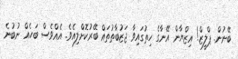
ބޭނުން. ޕްލީޒް! އިޒްޔާން އޭނާގެ ހިތުގައިވާ ޖަޒުބާތުތައް ބޭރުކޮށްލިއެވެ. އެއްވެސް ބަހެއް ނުބުނެ